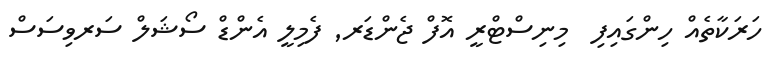
ހަރަކާތެއް ހިންގައިފި  މިނިސްޓްރީ އޮފް ޖެންޑަރ